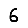
Digit: 6